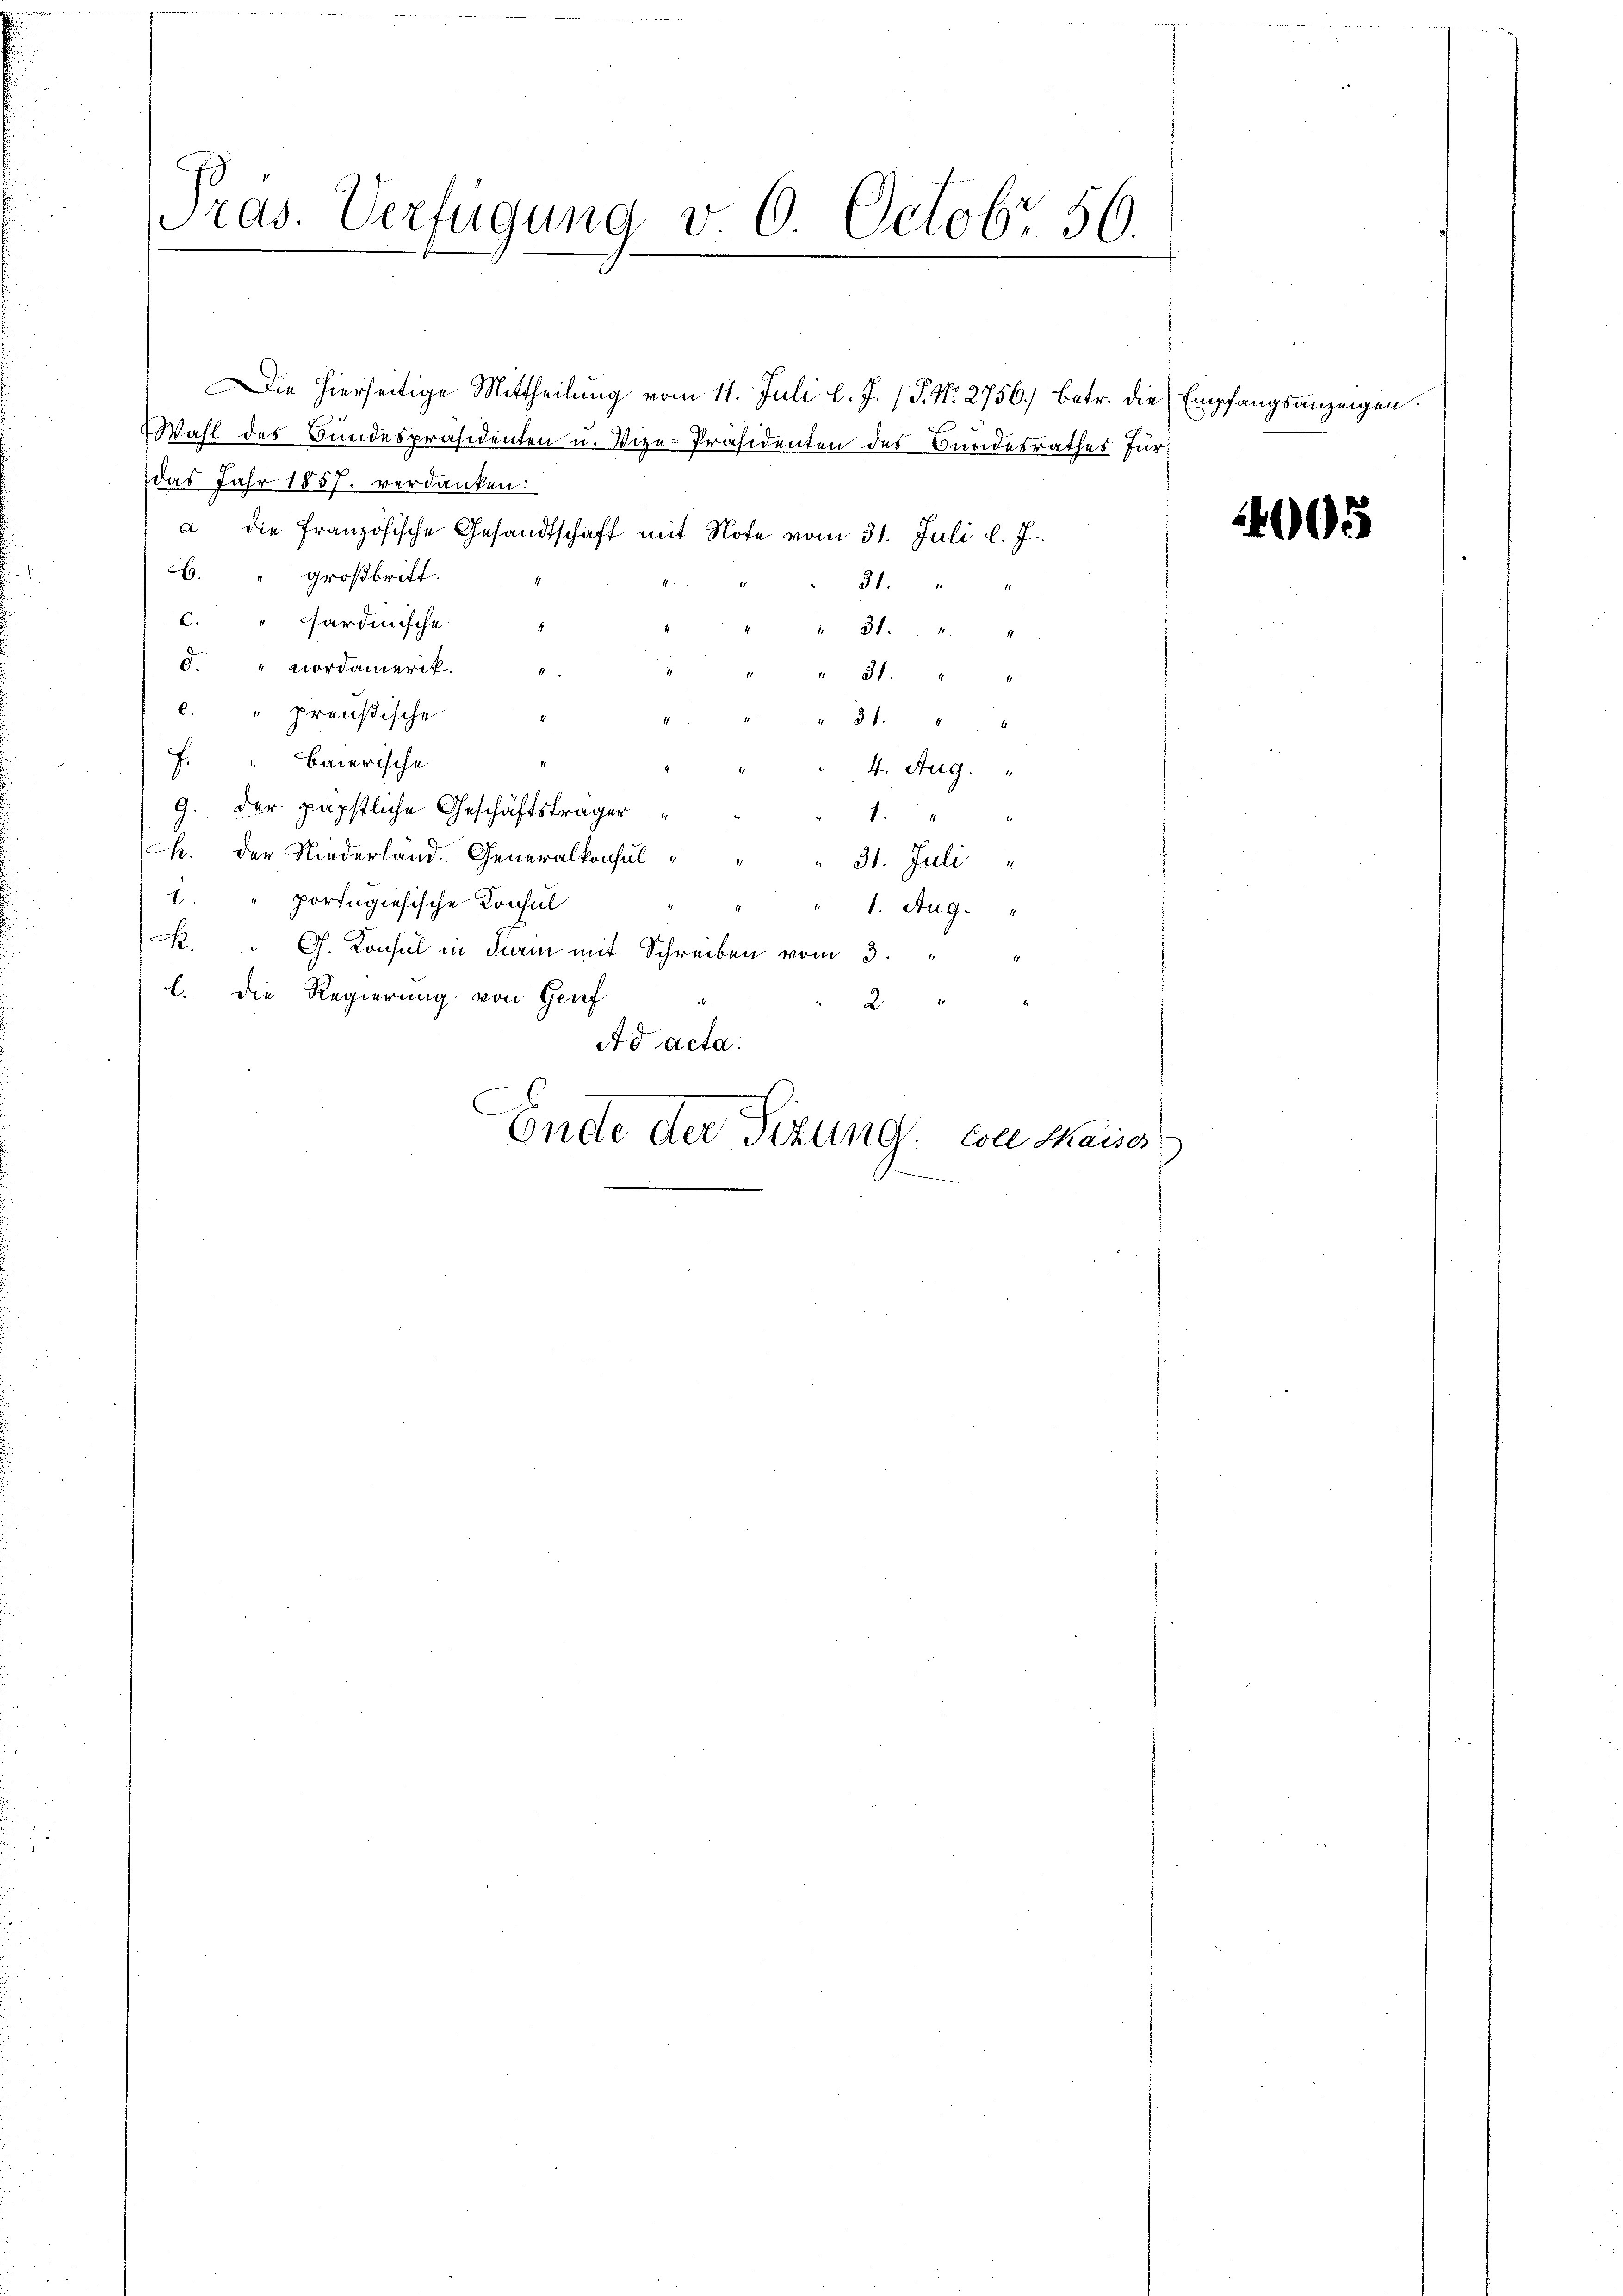
Pras. Verfügung v. 6. Octobr 56.

Wahl des Bundespräsidenten u. Vize-Präsidenten des Bundesrathes Für-
das Jahr 1857. verdanken:
a die französische Gesandtschaft mit Note vom 31. Juli l. J.
6. " großbritt.
31.
c. " sardinische
" 31.
d. " Nordamerik.
" 31.
c. " preußische
3 f 44
7
“ Baierische
4. Aug.
9. Der päpstliche Geschäftsträger
.
h. der Niederland Generalkonsul " " " 31. Juli
1. " portugiesische Konsul
1. Aug.
RR. " G. Konsul in Turin mit Schreiben vom 3.
l. Die Regierung von Genf
2
Ad acta

Die hierseitige Mittheilung vom 11. Juli l. J. (T. N. 2756) betr. die Empfangsanzeigen

n
Ende der Titung con Chaise

005